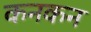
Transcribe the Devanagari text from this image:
कनकन